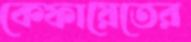
কেফায়েতের